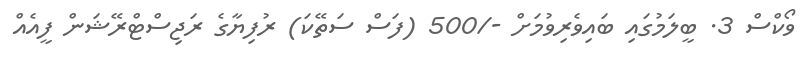
ވޯކްސް 3. ބީލަމުގައި ބައިވެރިވުމަށް -/500 (ފަސް ސަތޭކަ) ރުފިޔާގެ ރަޖިސްޓްރޭޝަން ފީއެއް